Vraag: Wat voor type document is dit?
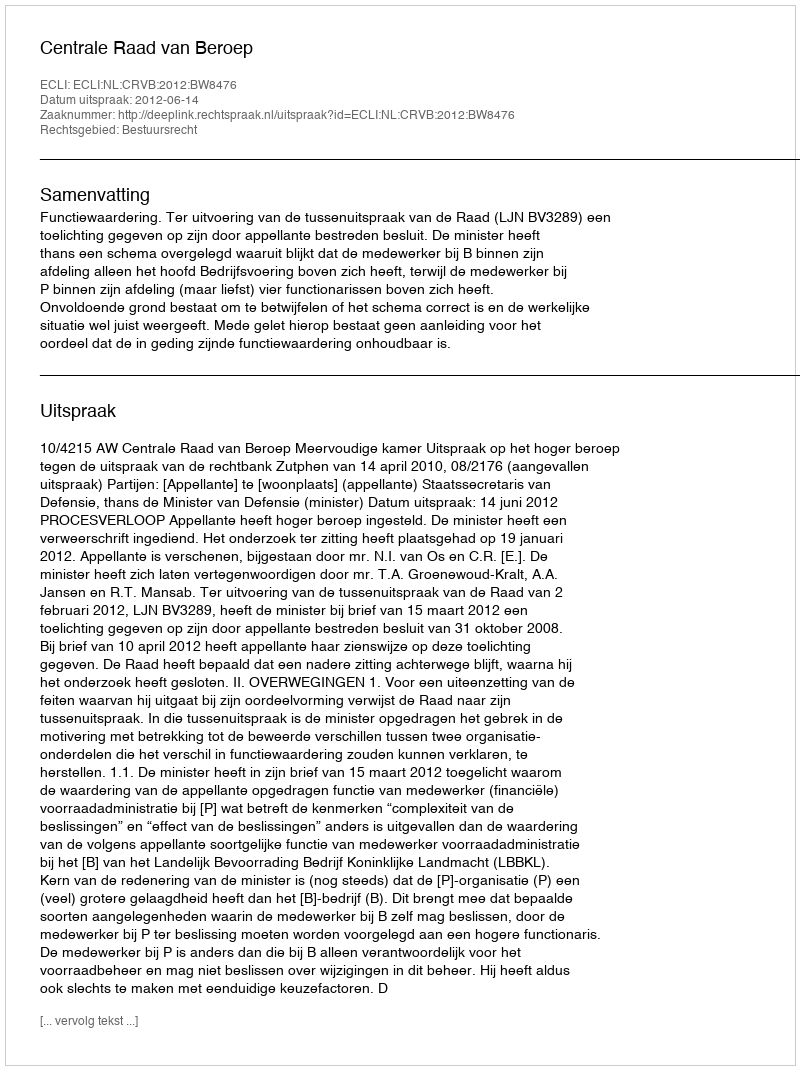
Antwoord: Uitspraak